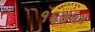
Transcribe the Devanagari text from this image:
१६७५४